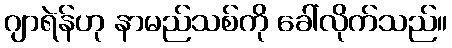
ဂျာရဲန်ဟု နာမည်သစ်ကို ခေါ်လိုက်သည်။